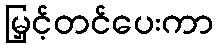
မြှင့်တင်ပေးကာ